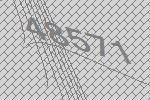
48571